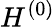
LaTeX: H^{(0)}